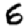
Digit: 6